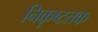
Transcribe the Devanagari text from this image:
निकृष्टतक